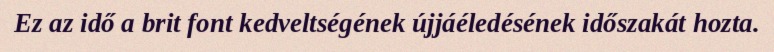
Ez az idő a brit font kedveltségének újjáéledésének időszakát hozta.